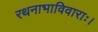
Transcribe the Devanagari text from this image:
रथनाभाविवाराः।